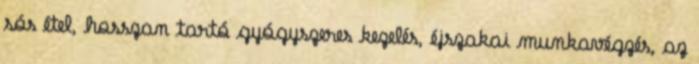
sós étel, hosszan tartó gyógyszeres kezelés, éjszakai munkavégzés, az